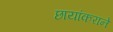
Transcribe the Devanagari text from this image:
छायांकराने